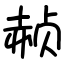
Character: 赪